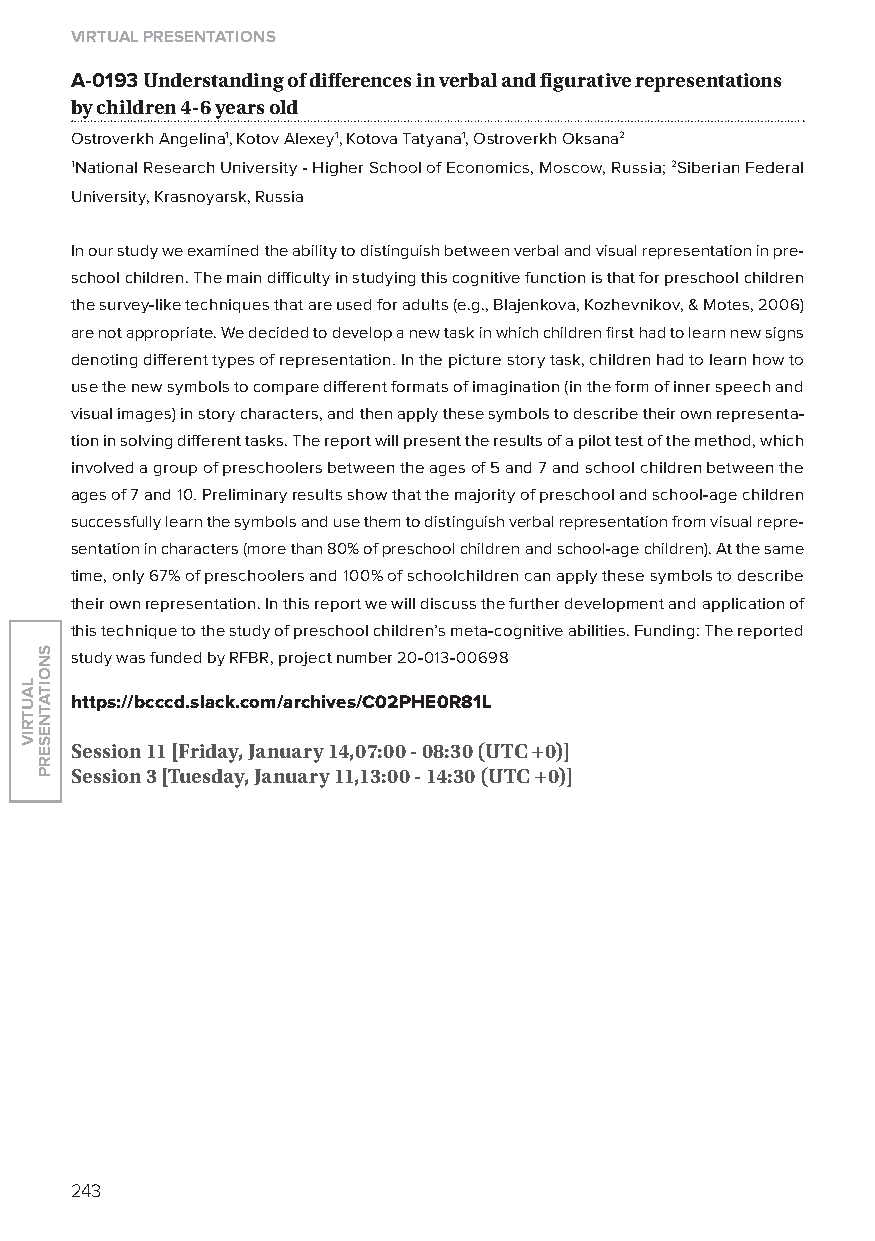
virtual presentations
 A-0193 understanding of differences in verbal and figurative representations
 by children 4-6 years old
 ostroverkh Angelina1, Kotov Alexey1, Kotova Tatyana1, ostroverkh oksana2
 1National Research University - Higher School of Economics, Moscow, Russia; 2Siberian Federal
 University, Krasnoyarsk, Russia
 In our study we examined the ability to distinguish between verbal and visual representation in pre-
 school children. The main difficulty in studying this cognitive function is that for preschool children
 the survey-like techniques that are used for adults (e.g., Blajenkova, Kozhevnikov, & Motes, 2006)
 are not appropriate. We decided to develop a new task in which children first had to learn new signs
 denoting different types of representation. In the picture story task, children had to learn how to
 use the new symbols to compare different formats of imagination (in the form of inner speech and
 visual images) in story characters, and then apply these symbols to describe their own representa-
 tion in solving different tasks. The report will present the results of a pilot test of the method, which
 involved a group of preschoolers between the ages of 5 and 7 and school children between the
 ages of 7 and 10. Preliminary results show that the majority of preschool and school-age children
 successfully learn the symbols and use them to distinguish verbal representation from visual repre-
 sentation in characters (more than 80% of preschool children and school-age children). At the same
 time, only 67% of preschoolers and 100% of schoolchildren can apply these symbols to describe
 their own representation. In this report we will discuss the further development and application of
 this technique to the study of preschool children’s meta-cognitive abilities. Funding: The reported
 study was funded by RFBR, project number 20-013-00698
 https://bcccd.slack.com/archives/C02phe0r81l
 session 11 [friday, January 14,07:00 - 08:30 (utC +0)]
 session 3 [tuesday, January 11,13:00 - 14:30 (utC +0)]
 243
 lautriv
 snoitatneserp